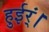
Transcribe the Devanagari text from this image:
हुईर्ं।